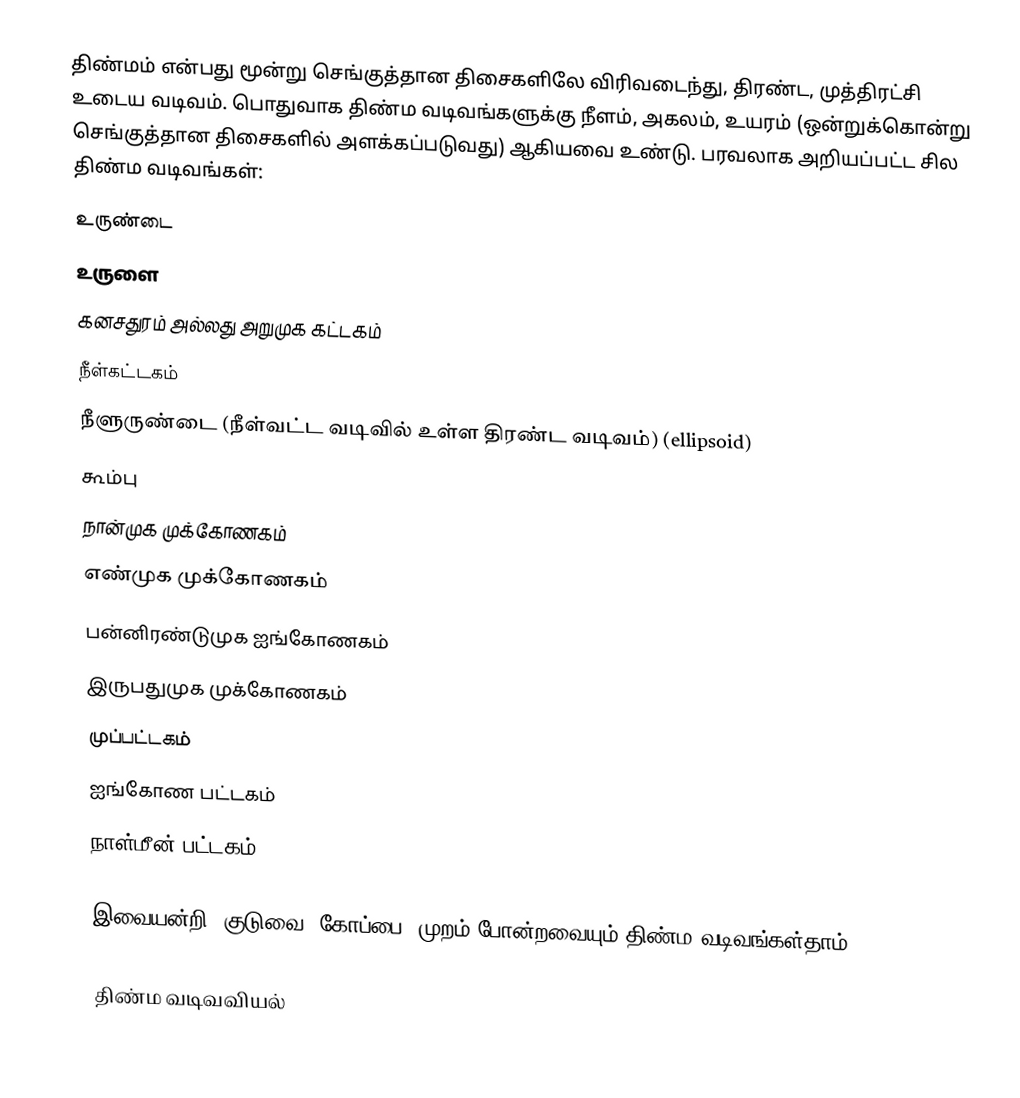
திண்மம் என்பது மூன்று செங்குத்தான திசைகளிலே விரிவடைந்து, திரண்ட, முத்திரட்சி உடைய வடிவம். பொதுவாக திண்ம வடிவங்களுக்கு நீளம், அகலம், உயரம் (ஒன்றுக்கொன்று செங்குத்தான திசைகளில் அளக்கப்படுவது) ஆகியவை உண்டு. பரவலாக அறியப்பட்ட சில திண்ம வடிவங்கள்:
உருண்டை
உருளை
கனசதுரம் அல்லது அறுமுக கட்டகம்
நீள்கட்டகம்
நீளுருண்டை (நீள்வட்ட வடிவில் உள்ள திரண்ட வடிவம்) (ellipsoid)
கூம்பு
நான்முக முக்கோணகம்
எண்முக முக்கோணகம்
பன்னிரண்டுமுக ஐங்கோணகம்
இருபதுமுக முக்கோணகம்
முப்பட்டகம்
ஐங்கோண பட்டகம்
நாள்மீன் பட்டகம்

இவையன்றி, குடுவை, கோப்பை, முறம் போன்றவையும் திண்ம வடிவங்கள்தாம்.

திண்ம வடிவவியல்